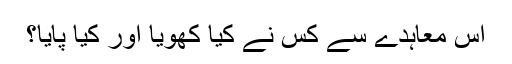
اس معاہدے سے کس نے کیا کھویا اور کیا پایا؟